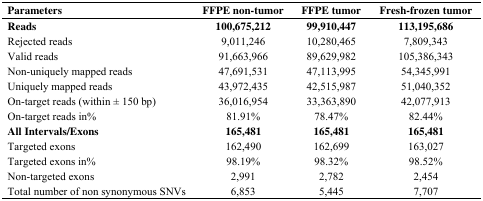
<table><thead><tr><td><b>Parameters</b></td><td><b>FFPE non-tumor</b></td><td><b>FFPE tumor</b></td><td><b>Fresh-frozen tumor</b></td></tr></thead><tbody><tr><td><b>Reads</b></td><td><b>100,675,212</b></td><td><b>99,910,447</b></td><td><b>113,195,686</b></td></tr><tr><td>Rejected reads</td><td>9,011,246</td><td>10,280,465</td><td>7,809,343</td></tr><tr><td>Valid reads</td><td>91,663,966</td><td>89,629,982</td><td>105,386,343</td></tr><tr><td>Non-uniquely mapped reads</td><td>47,691,531</td><td>47,113,995</td><td>54,345,991</td></tr><tr><td>Uniquely mapped reads</td><td>43,972,435</td><td>42,515,987</td><td>51,040,352</td></tr><tr><td>On-target reads (within ± 150 bp)</td><td>36,016,954</td><td>33,363,890</td><td>42,077,913</td></tr><tr><td>On-target reads in%</td><td>81.91%</td><td>78.47%</td><td>82.44%</td></tr><tr><td><b>All Intervals/Exons</b></td><td><b>165,481</b></td><td><b>165,481</b></td><td><b>165,481</b></td></tr><tr><td>Targeted exons</td><td>162,490</td><td>162,699</td><td>163,027</td></tr><tr><td>Targeted exons in%</td><td>98.19%</td><td>98.32%</td><td>98.52%</td></tr><tr><td>Non-targeted exons</td><td>2,991</td><td>2,782</td><td>2,454</td></tr><tr><td>Total number of non synonymous SNVs</td><td>6,853</td><td>5,445</td><td>7,707</td></tr></tbody></table>